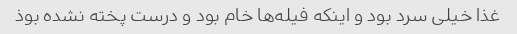
غذا خیلی سرد بود و اینکه فیله‌ها خام بود و درست پخته نشده بوذ